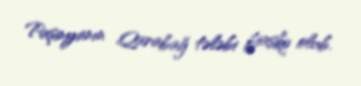
Paşinyanın Qarabağ tələbi fiasko olub.